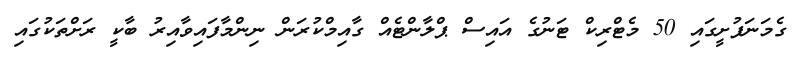
ގެމަނަފުށީގައި 50 މެޓްރިކް ޓަނުގެ އައިސް ޕްލާންޓެއް ގާއިމްކުރަން ނިންމާފައިވާއިރު ބާކީ ރަށްތަކުގައި